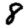
Digit: 8